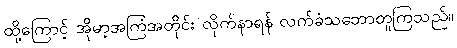
ထို့ကြောင့် အိုမာ့အကြံအတိုင်း လိုက်နာရန် လက်ခံသဘောတူကြသည်။